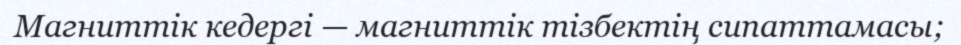
Магниттік кедергі — магниттік тізбектің сипаттамасы;